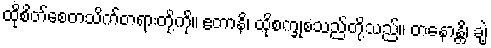
ထိုစိတ်စေတသိက်တရားတို့ကို။ ဧတာနိ၊ ထိုစက္ခုစသည်တို့သည်။ တနောန္တိ၊ ချဲ့